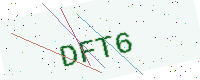
Text: DFT6